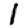
Digit: 1